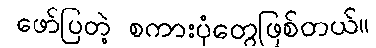
ဖော်ပြတဲ့ စကားပုံတွေဖြစ်တယ်။